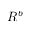
R ^ { b }